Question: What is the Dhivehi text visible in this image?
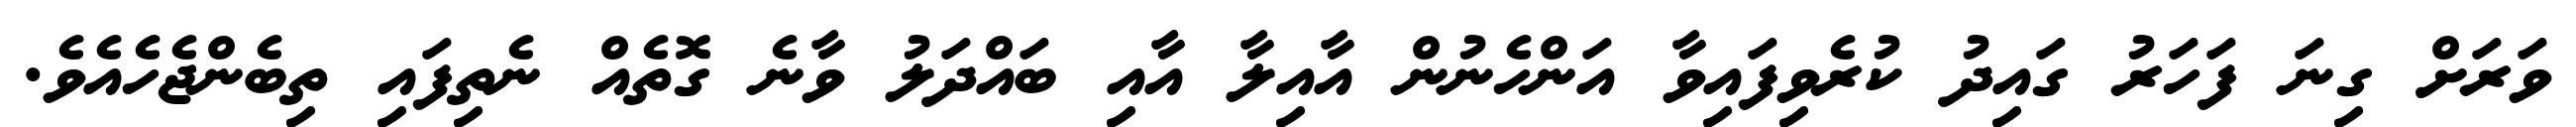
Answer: ވަރަށް ގިނަ ފަހަރު ގައިދު ކުރެވިފައިވާ އަންހެނުން އާއިލާ އާއި ބައްދަލު ވާނެ ގޮތެއް ނެތިފައި ތިބެންޖެހެއެވެ.